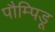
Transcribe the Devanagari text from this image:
पौम्पिडू